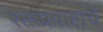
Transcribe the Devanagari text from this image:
रक्तप्रवाहाचे